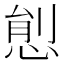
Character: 𢛋